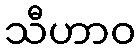
သီဟာဝ